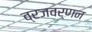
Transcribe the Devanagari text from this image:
व्रजवर्णन